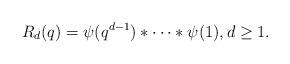
LaTeX: \begin{align*}R_d(q) = \psi(q^{d-1})*\cdots *\psi(1), d\geq 1.\end{align*}